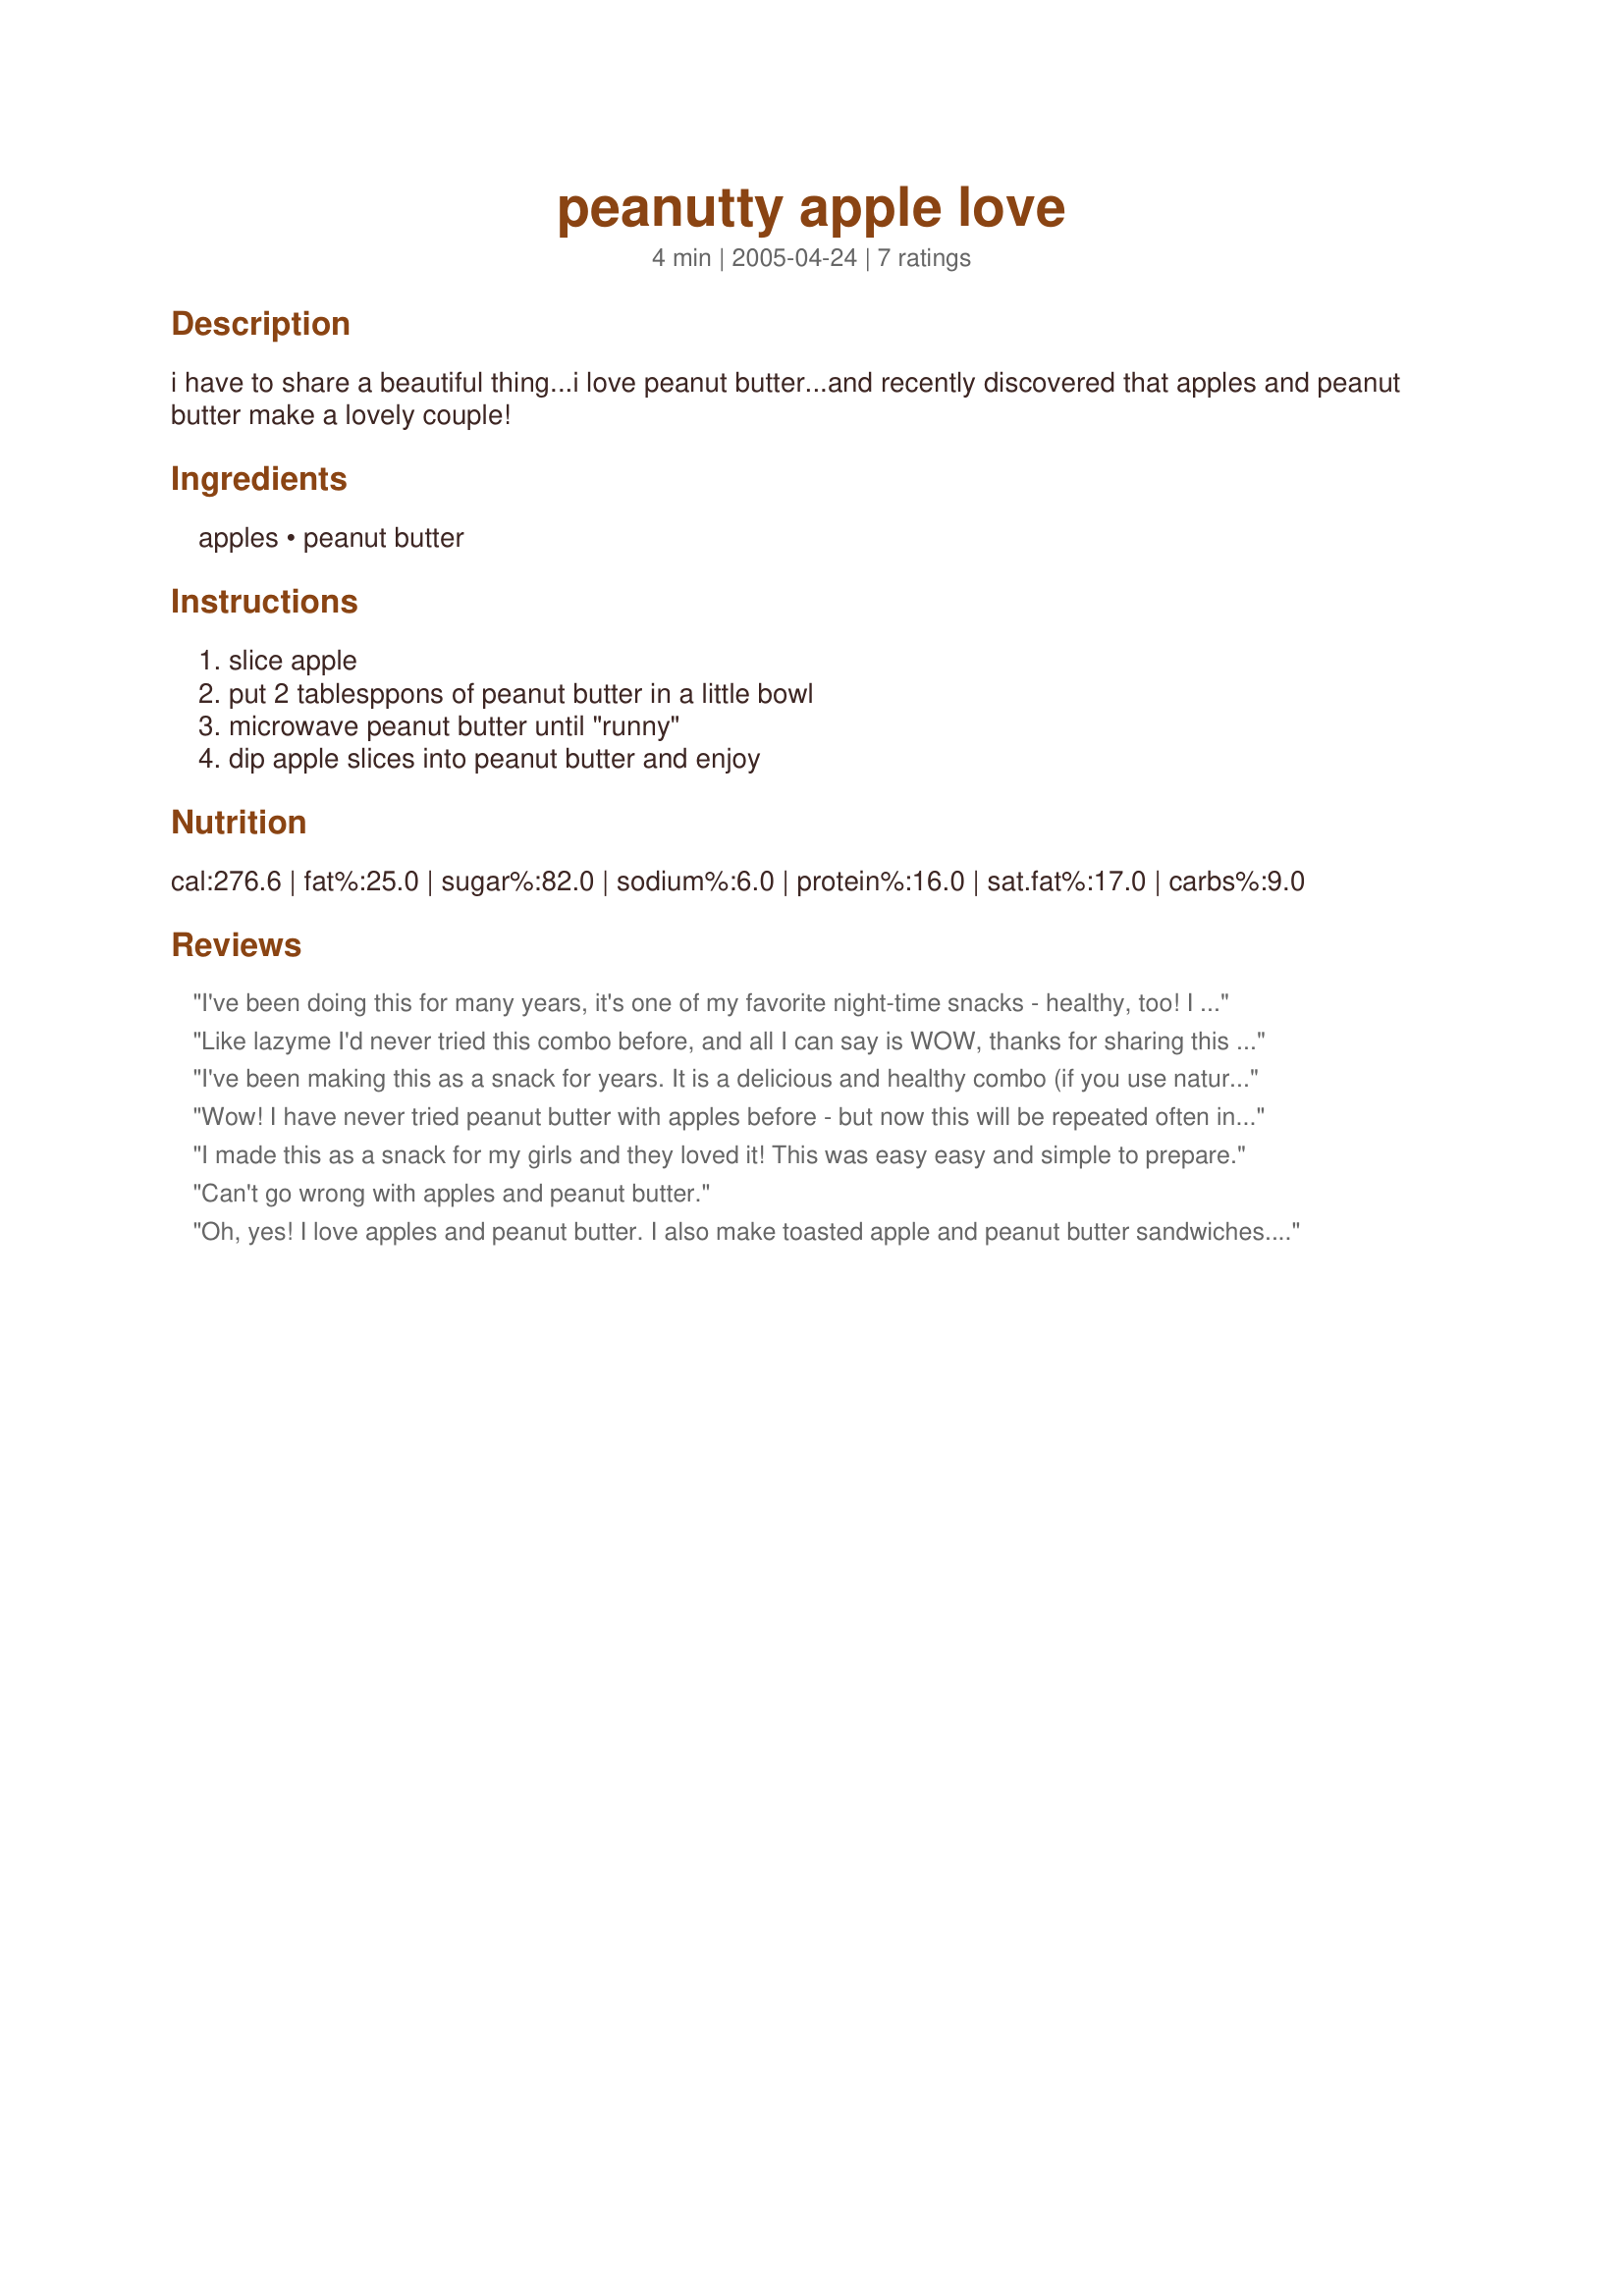
peanutty apple love
Preparation time: 4 minutes

i have to share a beautiful thing...i love peanut butter...and recently discovered that apples and peanut butter make a lovely couple!

Ingredients:
apples, peanut butter

Steps:
slice apple, put 2 tablesppons of peanut butter in a little bowl, microwave peanut butter until "runny", dip apple slices into peanut butter and enjoy

Reviews:
I've been doing this for many years, it's one of my favorite night-time snacks - healthy, too! I like using crunchy peanut butter :)
Like lazyme I'd never tried this combo before, and all I can say is WOW, thanks for sharing this splendid idea! :D<br/>Made for All ABoard The Love Train 2012.
I've been making this as a snack for years. It is a delicious and healthy combo (if you use natural peanut butter without the added hydrogenated fat).
Wow! I have never tried peanut butter with apples before - but now this will be repeated often in my house. My grandson and I were battling over the last few pieces. I can't wait to try this with the rest of the family next time we all get together. Quick, simple, and yummy! Thanks Little Italy for sharing. Made for Apple a Day Tag event.
I made this as a snack for my girls and they loved it! This was easy easy and simple to prepare.
Can't go wrong with apples and peanut butter.
Oh, yes! I love apples and peanut butter. I also make toasted apple and peanut butter sandwiches. I had never tried it this way and just as I suspected...mmmmmmm.....delicious!
Thanks for posting!
